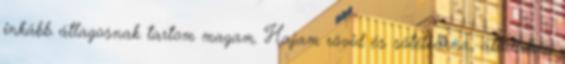
inkább átlagosnak tartom magam. Hajam rövid és sötétbarna, általában